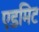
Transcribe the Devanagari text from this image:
एडमिट